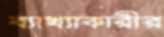
ব্যাখ্যাকারীর